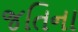
જતિના